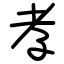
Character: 孝